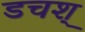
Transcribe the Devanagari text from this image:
डचश्